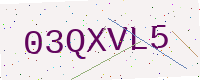
Text: 03QXVL5